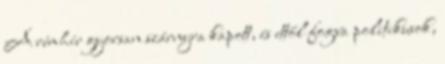
A rémhír gyorsan szárnyra kapott, és ettől fogva politikusok,